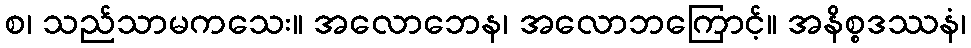
စ၊ သည်သာမကသေး။ အလောဘေန၊ အလောဘကြောင့်။ အနိစ္စဒဿနံ၊